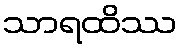
သာရထိဿ